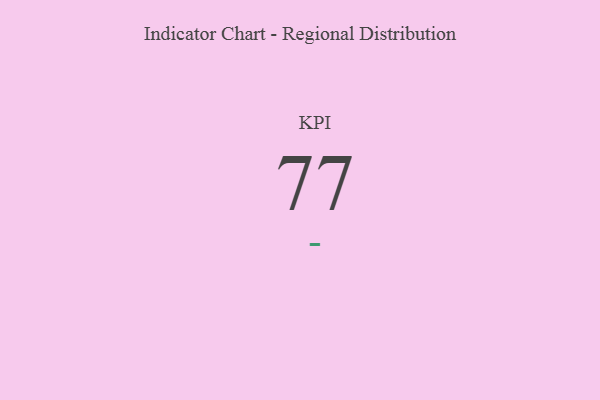
{"axis": {"x": "KPI", "y": "Value"}, "legend": [""], "data": [{"x": "KPI", "y": 77, "type": ""}]}